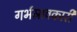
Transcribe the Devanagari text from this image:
गर्भस्रावकारी